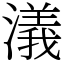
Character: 𣿭